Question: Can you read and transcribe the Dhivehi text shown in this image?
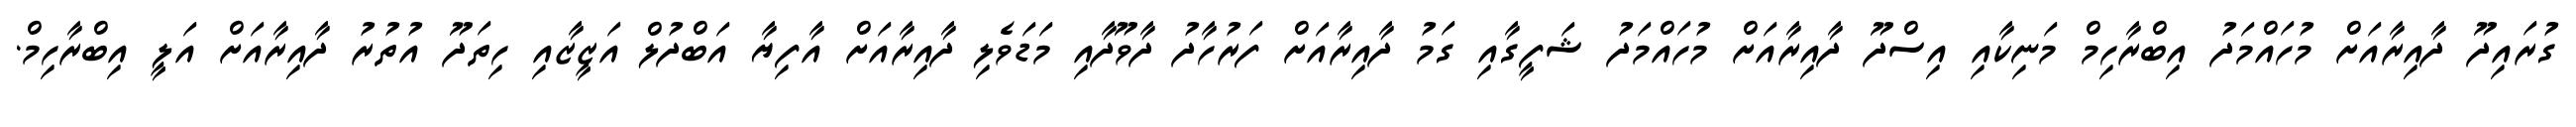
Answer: ގުރައިދޫ ދާއިރާއަށް މުހައްމަދު އިބްރާހިމް މަނިކާއި އިސްދޫ ދާއިރާއަށް މުހައްމަދު ޝަފީގާއި ގަމު ދާއިރާއަށް ފަރުހާދު ދާވޫދާއި މަޑަވެލި ދާއިރާއަށް އާފިޔާ އަބްދުލް އަޒީޒާއި ހިތަދޫ އުތުރު ދާއިރާއަށް އަލީ އިބްރާހިމް.